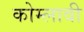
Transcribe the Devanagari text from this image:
कोम्लावी